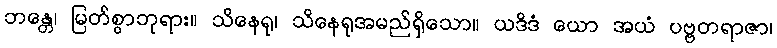
ဘန္တေ၊ မြတ်စွာဘုရား။ သိနေရု၊ သိနေရုအမည်ရှိသော။ ယဒိဒံ ယော အယံ ပဗ္ဗတရာဇာ၊